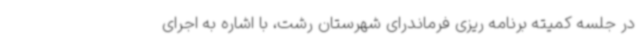
در جلسه کمیته برنامه ریزی فرماندرای شهرستان رشت، با اشاره به اجرای